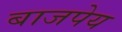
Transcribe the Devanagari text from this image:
बाजपेय